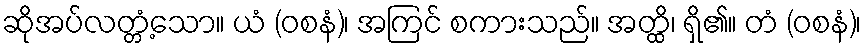
ဆိုအပ်လတ္တံ့သော။ ယံ (ဝစနံ)၊ အကြင် စကားသည်။ အတ္ထိ၊ ရှိ၏။ တံ (ဝစနံ)၊